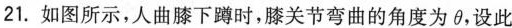
21.如图所示，人曲膝下蹲时，膝关节弯曲的角度为θ，设此